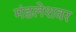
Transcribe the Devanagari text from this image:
मंडलेशवर